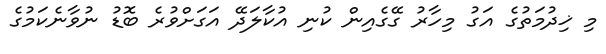
މި ޚިދުމަތުގެ އަގު މިހާރު ގޭގެއިން ކުނި އުކާލަދޭ އަގަށްވުރެ ބޮޑު ނުވާނެކަމުގެ